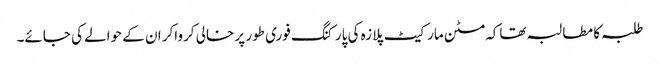
طلبہ کا مطالبہ تھاکہ مٹن مارکیٹ پلازہ کی پارکنگ فوری طور پر خالی کرواکر ان کے حوالے کی جائے۔